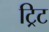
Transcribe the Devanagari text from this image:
ट्रिट